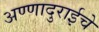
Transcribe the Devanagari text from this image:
अण्णादुराईचे